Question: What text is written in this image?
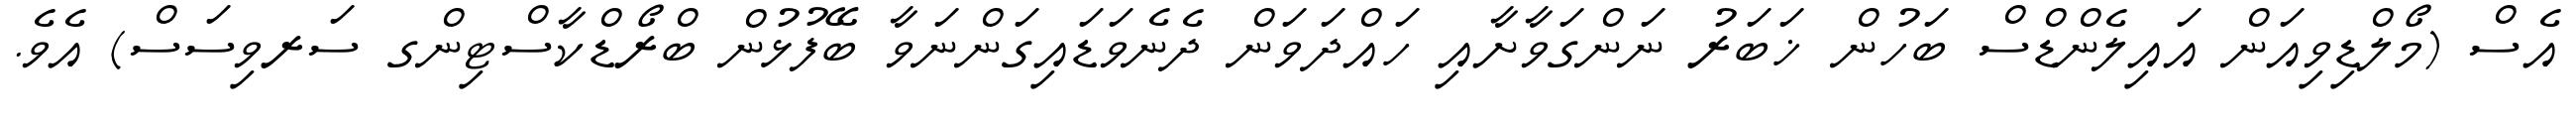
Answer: އެސް (މޯލްޑިވިއަން އައިލެންޑްސް ބަހުން ޚަބަރު ނަންގަވާށާއި ހައްދަވަން ދެނެވަޑައިގަންނަވާ ބޭފުޅުން ބްރޯޑްކާސްޓިންގ ސަރވިސަސް) އެވެ.